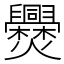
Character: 㸑